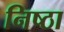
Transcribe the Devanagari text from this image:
निष्‍ठा